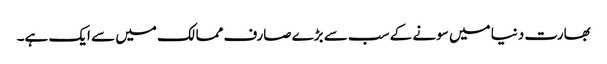
بھارت دنیا میں سونے کے سب سے بڑے صارف ممالک میں سے ایک ہے۔